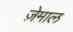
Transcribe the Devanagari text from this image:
ज़ेमाल